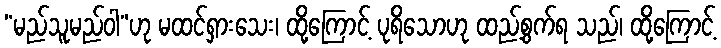
“မည်သူမည်ဝါ”ဟု မထင်ရှားသေး၊ ထို့ကြောင့် ပုရိသောဟု ထည့်စွက်ရ သည်၊ ထို့ကြောင့်